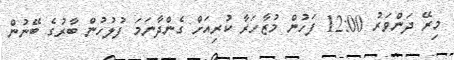
މިރޭ ދަންވަރު 12:00 ފަހުން މުޒާހަރާ ކުރިއަށް ގެންދާނަމަ ފުލުހުން ބާރުގެ ބޭނުން